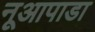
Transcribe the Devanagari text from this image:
नूआपाडा